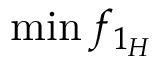
\operatorname* { m i n } { f _ { 1 _ { H } } }